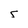
Character: s